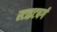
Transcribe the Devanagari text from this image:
स्टाइटबर्ग